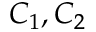
C _ { 1 } , C _ { 2 }